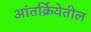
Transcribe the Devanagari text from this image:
आंतर्क्रियेतील